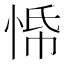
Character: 𭝀